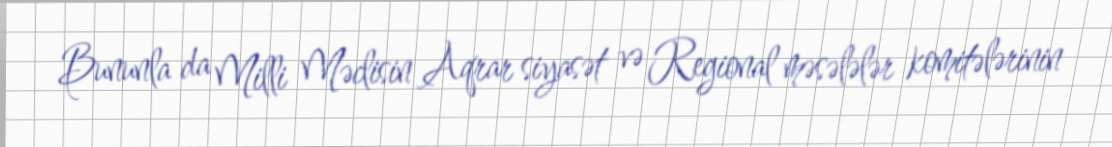
Bununla da Milli Məclisin Aqrar siyasət və Regional məsələlər komitələrinin